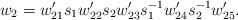
LaTeX: \begin{align*}w_2 = w'_{21} s_1 w'_{22} s_2 w'_{23} s^{-1}_1 w'_{24} s^{-1}_2 w'_{25}.\end{align*}